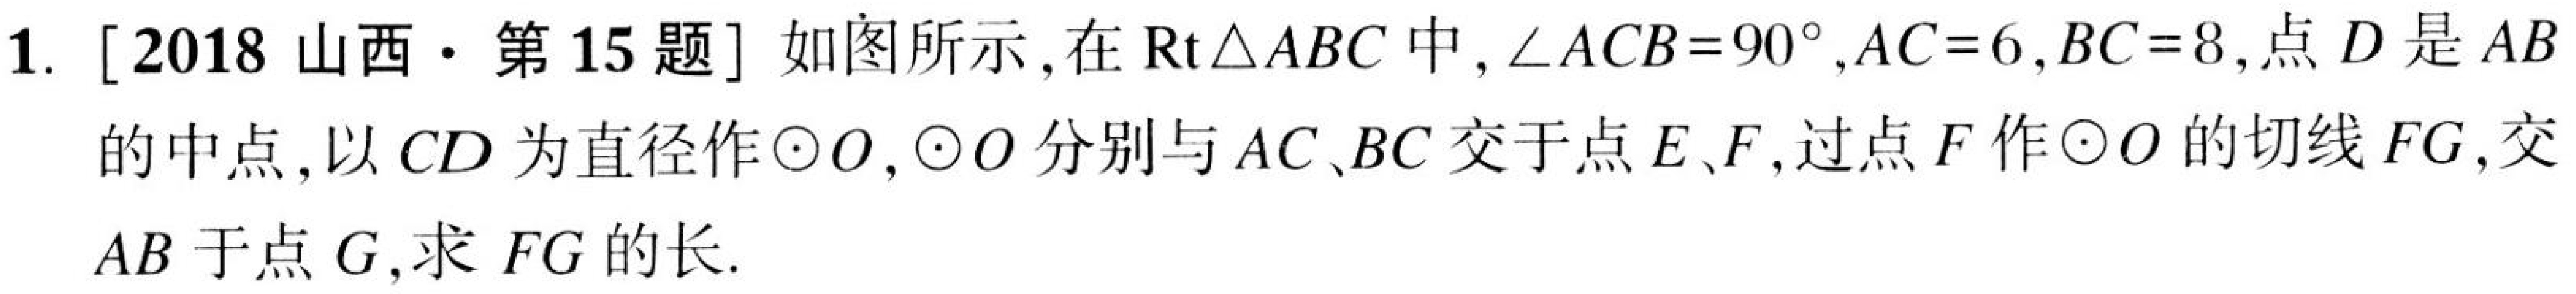
1. [2018山西·第15题] 如图所示，在\(\text{Rt}\triangle ABC\)中，\(\angle ACB = 90^{\circ},AC = 6,BC = 8\)，点\(D\)是\(AB\)的中点，以\(CD\)为直径作\(\odot O\)，\(\odot O\)分别与\(AC、BC\)交于点\(E、F\)，过点\(F\)作\(\odot O\)的切线\(FG\)，交\(AB\)于点\(G\)，求\(FG\)的长.